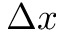
\Delta x